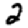
Digit: 2